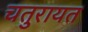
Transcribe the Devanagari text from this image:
चतुरायत